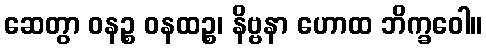
ဆေတွာ ဝနဉ္စ ဝနထဉ္စ၊ နိဗ္ဗနာ ဟောထ ဘိက္ခဝေါ။